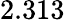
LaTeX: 2.313